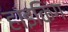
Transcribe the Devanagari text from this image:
हाइकिंग